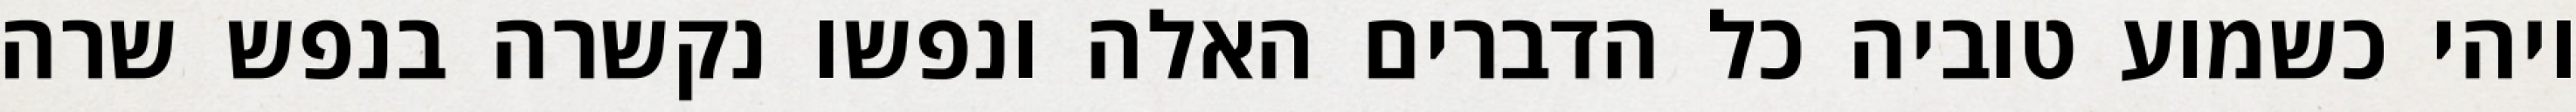
ויהי כשמוע טוביה כל הדברים האלה ונפשו נקשרה בנפש שרה